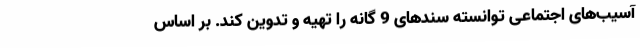
آسیب‌های اجتماعی توانسته سندهای 9 گانه را تهیه و تدوین کند. بر اساس